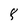
Character: 8